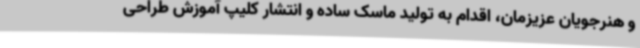
و هنرجویان عزیزمان، اقدام به تولید ماسک ساده و انتشار کلیپ آموزش طراحی